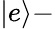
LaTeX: |e\rangle-